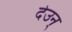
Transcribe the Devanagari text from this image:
देउन्